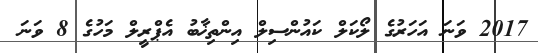
2017 ވަނަ އަހަރުގެ ލޯކަލް ކައުންސިލް އިންތިޚާބު އެޕްރީލް މަހުގެ 8 ވަނަ